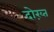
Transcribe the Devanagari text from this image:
दोख़्त